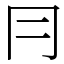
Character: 冃